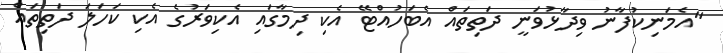
"އެމަނިކުފާނު ވިދާޅުވަނީ ދަތިތައް އެބަހުއްޓޭ އެކި ދިމާގައި އެކިވަރުގެ އެކި ކަހަލަ ދަތިތައް